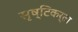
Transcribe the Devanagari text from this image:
सृष्‍टिकर्ता